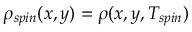
\rho _ { s p i n } ( x , y ) = \rho ( x , y , T _ { s p i n } )